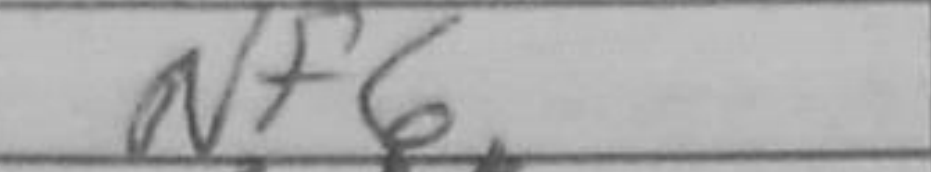
Transcription: Nf6